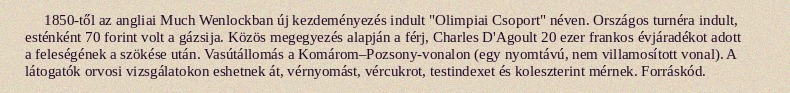
1850-től az angliai Much Wenlockban új kezdeményezés indult "Olimpiai Csoport" néven. Országos turnéra indult, esténként 70 forint volt a gázsija. Közös megegyezés alapján a férj, Charles D'Agoult 20 ezer frankos évjáradékot adott a feleségének a szökése után. Vasútállomás a Komárom–Pozsony-vonalon (egy nyomtávú, nem villamosított vonal). A látogatók orvosi vizsgálatokon eshetnek át, vérnyomást, vércukrot, testindexet és koleszterint mérnek. Forráskód.